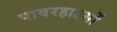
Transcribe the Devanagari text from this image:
पावरहाउसों